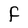
Character: F